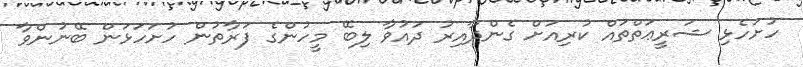
ހުށަހެޅި ޝަރީޢަތްތައް ކުރިއަށް ގެންދާއިރު ދައުވާ ލިބޭ މީހުންގެ ފަރާތުން ހުށަހަޅަން ބޭނުންވާ